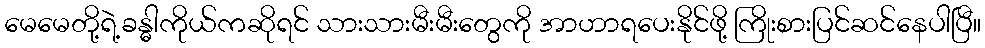
မေမေတို့ရဲ့ခန္ဓါကိုယ်ကဆိုရင် သားသားမီးမီးတွေကို အာဟာရပေးနိုင်ဖို့ ကြိုးစားပြင်ဆင်နေပါပြီ။